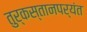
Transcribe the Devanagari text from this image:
तुर्कस्तानपर्यंत